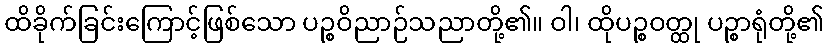
ထိခိုက်ခြင်းကြောင့်ဖြစ်သော ပဉ္စဝိညာဉ်သညာတို့၏။ ဝါ၊ ထိုပဉ္စဝတ္ထု ပဉ္စာရုံတို့၏